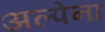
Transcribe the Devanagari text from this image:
अल्पेना